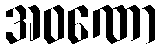
အဝဏော